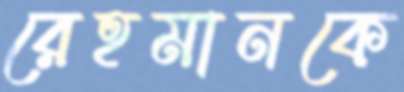
রেহমানকে